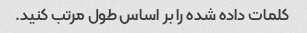
کلمات داده شده را بر اساس طول مرتب کنید.